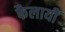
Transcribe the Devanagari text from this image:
फैलायीं